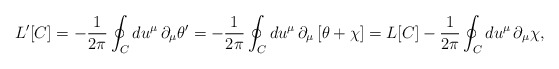
\begin{align*}L'[C]=-\frac{1}{2\pi}\oint_C du^\mu\,\partial_\mu\theta'=-\frac{1}{2\pi}\oint_C du^\mu\,\partial_\mu\left[\theta+\chi\right]=L[C]-\frac{1}{2\pi}\oint_C du^\mu\,\partial_\mu\chi,\end{align*}